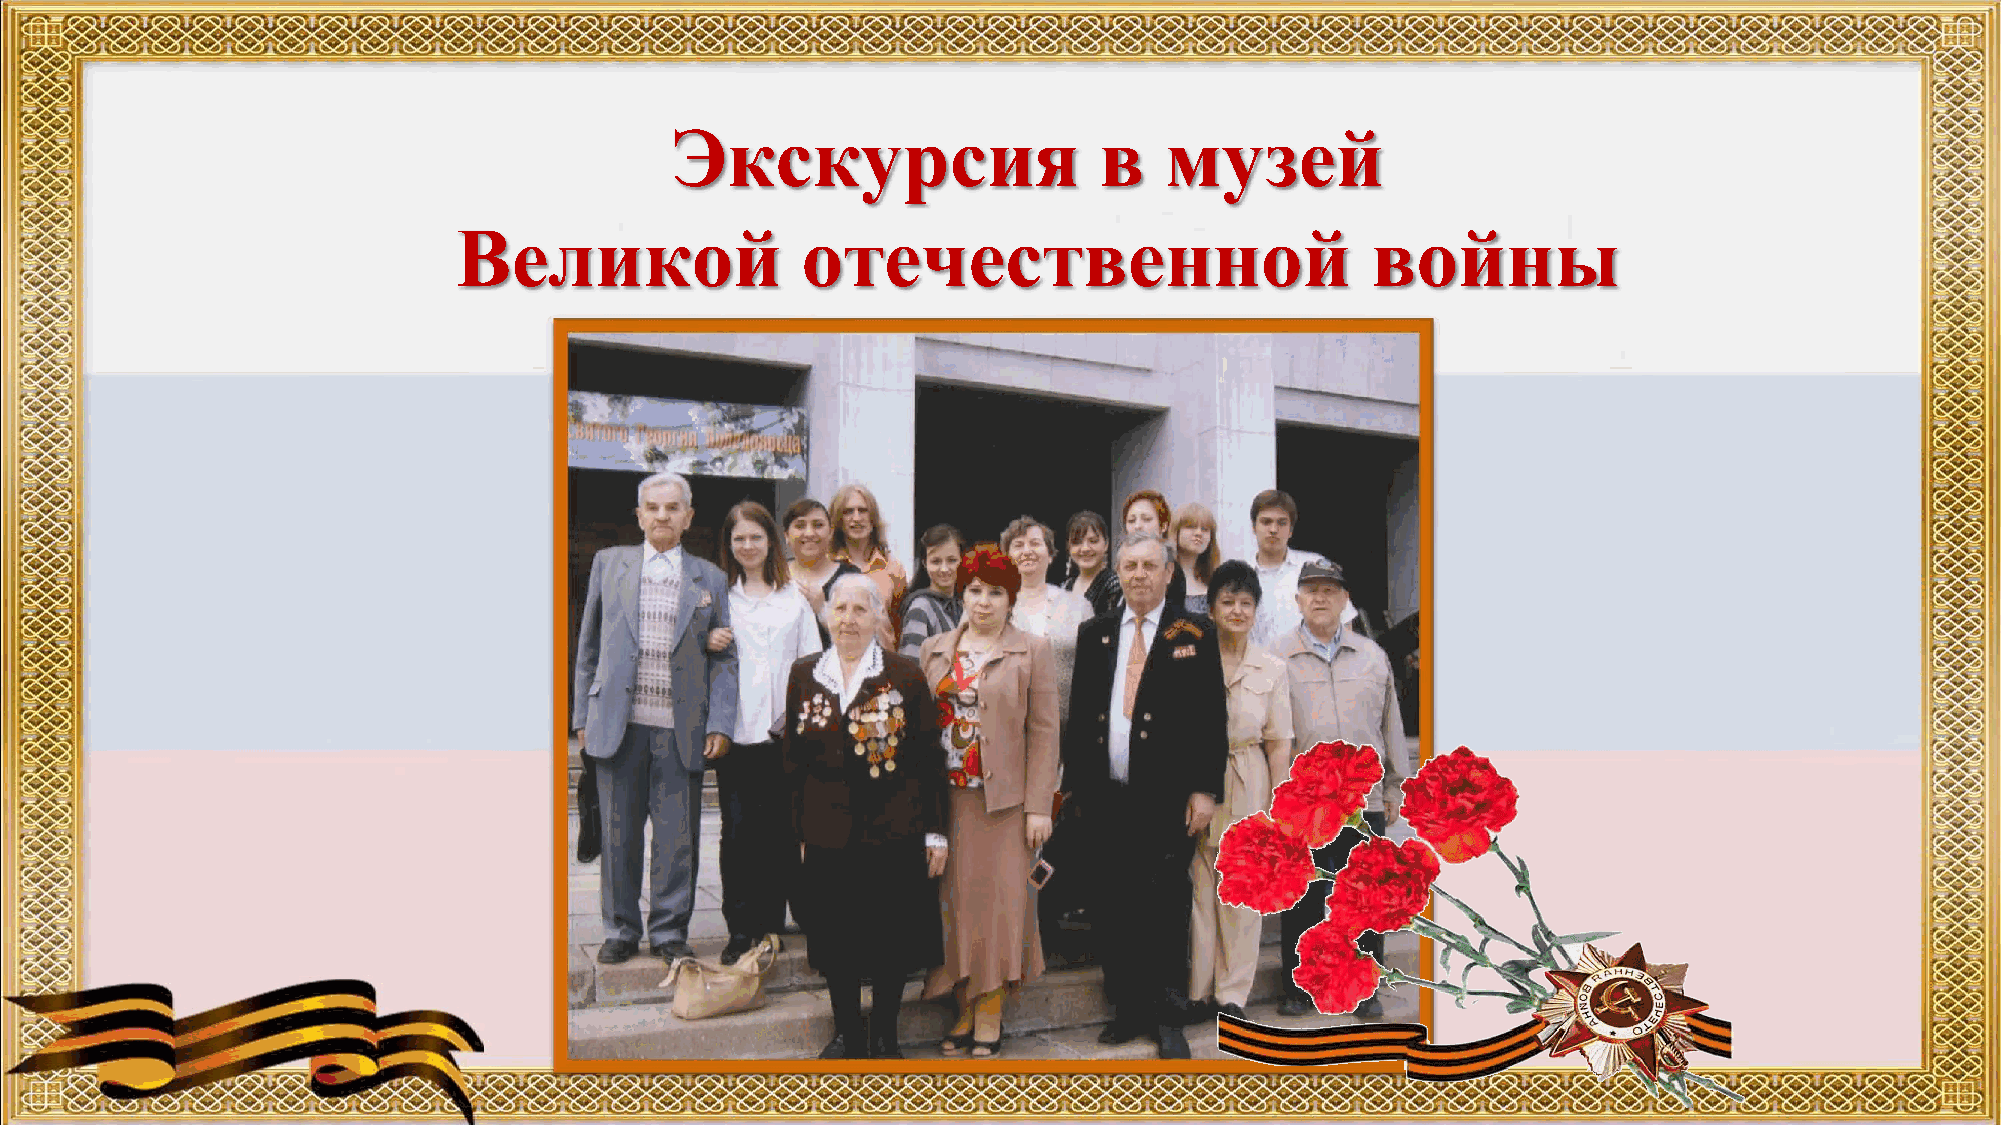
Экскурсия                    в   музей
 Великой                отечественной                         войны